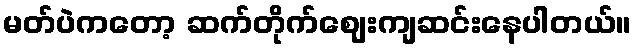
မတ်ပဲကတော့ ဆက်တိုက်ဈေးကျဆင်းနေပါတယ်။